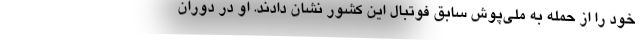
خود را از حمله به ملی‌پوش سابق فوتبال این کشور نشان دادند. او در دوران